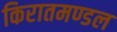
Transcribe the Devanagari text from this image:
किरातमण्डल